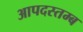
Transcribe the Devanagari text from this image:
आपदस्तम्ब